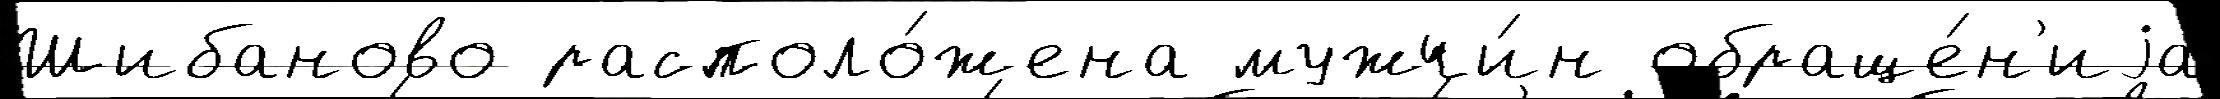
Шибаново располо́жена мужчи́н обраще́н'иjа